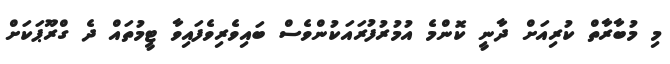
މި މުބާރާތް ކުރިއަށް ދާނީ ކޮންމެ އުމުރުފުރައަކުންވެސް ބައިވެރިވެފައިވާ ޓީމުތައް ދެ ގްރޫޕަކަށް